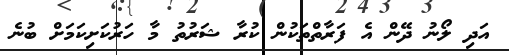
އަދި ލޯނު ދޭން އެ ފަރާތްތަކުން ކުރާ ޝަރުތު މާ ހަރުކަށިކަމަށް ބުނެ